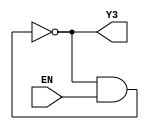
`timescale 1ns / 1ps
module R3(EN,Y3
    );
input EN;
output Y3;
wire w1,w2,w3,w4,w5;
	nand #3(w1,Y3,EN);
	not #3(w2,w1);
	not #3(w3,w2);
	not #3(w4,w3);
	not #3(Y3,w4);

endmodule